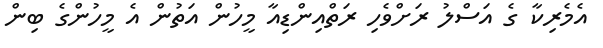
އެމެރިކާ ގެ އަސްލު ރަށްވެހި ރަތްއިންޑިއާ މީހުން އަތުން އެ މީހުންގެ ބިން